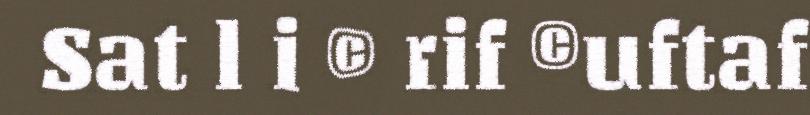
Sat l i © rif ©uftaf